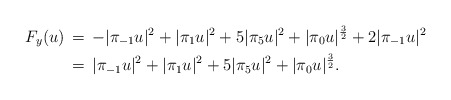
\begin{align*}F_y(u)\,&=\, - |\pi_{-1}u|^2 +|\pi_{1}u|^2 + 5|\pi_{5}u|^2 + |\pi_0 u|^\frac{3}{2} + 2|\pi_{-1}u|^2\\&=\, |\pi_{-1}u|^2 +|\pi_{1}u|^2 + 5|\pi_{5}u|^2 + |\pi_0 u|^\frac{3}{2}.\end{align*}